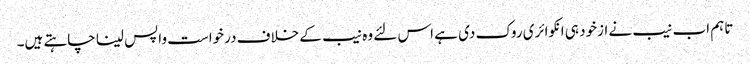
تاہم اب نیب نے ازخود ہی انکوائری روک دی ہے اس لئے وہ نیب کے خلاف درخواست واپس لینا چاہتے ہیں۔